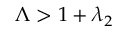
\Lambda > 1 + \lambda _ { 2 }